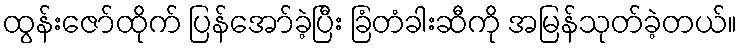
ထွန်းဇော်ထိုက် ပြန်အော်ခဲ့ပြီး ခြံတံခါးဆီကို အမြန်သုတ်ခဲ့တယ်။